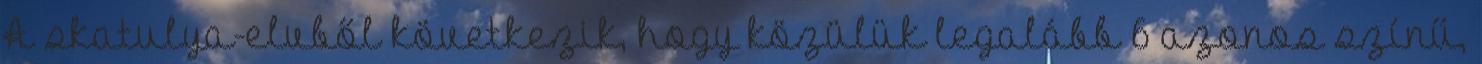
A skatulya-elvből következik, hogy közülük legalább 6 azonos színű,